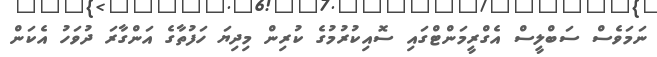
ނަމަވެސް ސަބްލީސް އެގްރީމަންޓްގައި ސޮއިކުރުމުގެ ކުރިން މިދިޔަ ހަފުތާގެ އަންގާރަ ދުވަހު އެކަން